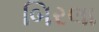
બિરલા